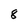
Character: 8